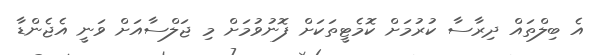
އެ ބިލްތައް ދިރާސާ ކުރުމަށް ކޮމެޓީތަކަށް ފޮނުވުމަށް މި ޖަލްސާއަށް ވަނީ އެޖެންޑާ